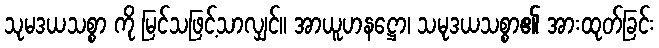
သုမဒယသစ္စာ ကို မြင်သဖြင့်သာလျှင်။ အာယူဟနဋ္ဌော၊ သမုဒယသစ္စာ၏ အားထုတ်ခြင်း